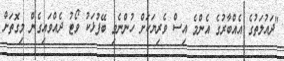
"ދައުލަތުގެ އެއްބާރުގެ އެންމެ އިސް ވެރިޔަކަށް ހުންނެވި ބޭފުޅަކު ވޯޓު ދެއްވައިގެން މިގޮތަށް